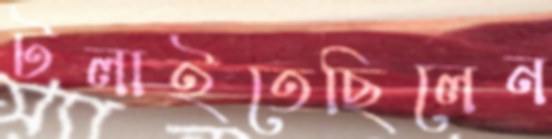
টলাইতেছিলেন